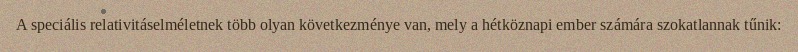
A speciális relativitáselméletnek több olyan következménye van, mely a hétköznapi ember számára szokatlannak tűnik: